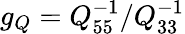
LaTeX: g_{Q}=Q_{55}^{-1}/Q_{33}^{-1}